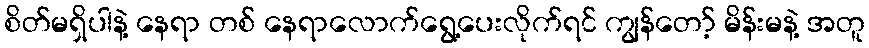
စိတ်မရှိပါနဲ့ နေရာ တစ် နေရာလောက်ရွေ့ပေးလိုက်ရင် ကျွန်တော့် မိန်းမနဲ့ အတူ